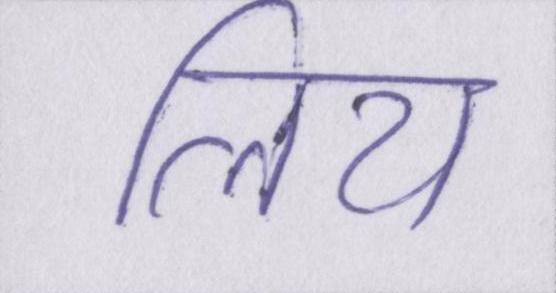
लिय